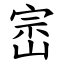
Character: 崈